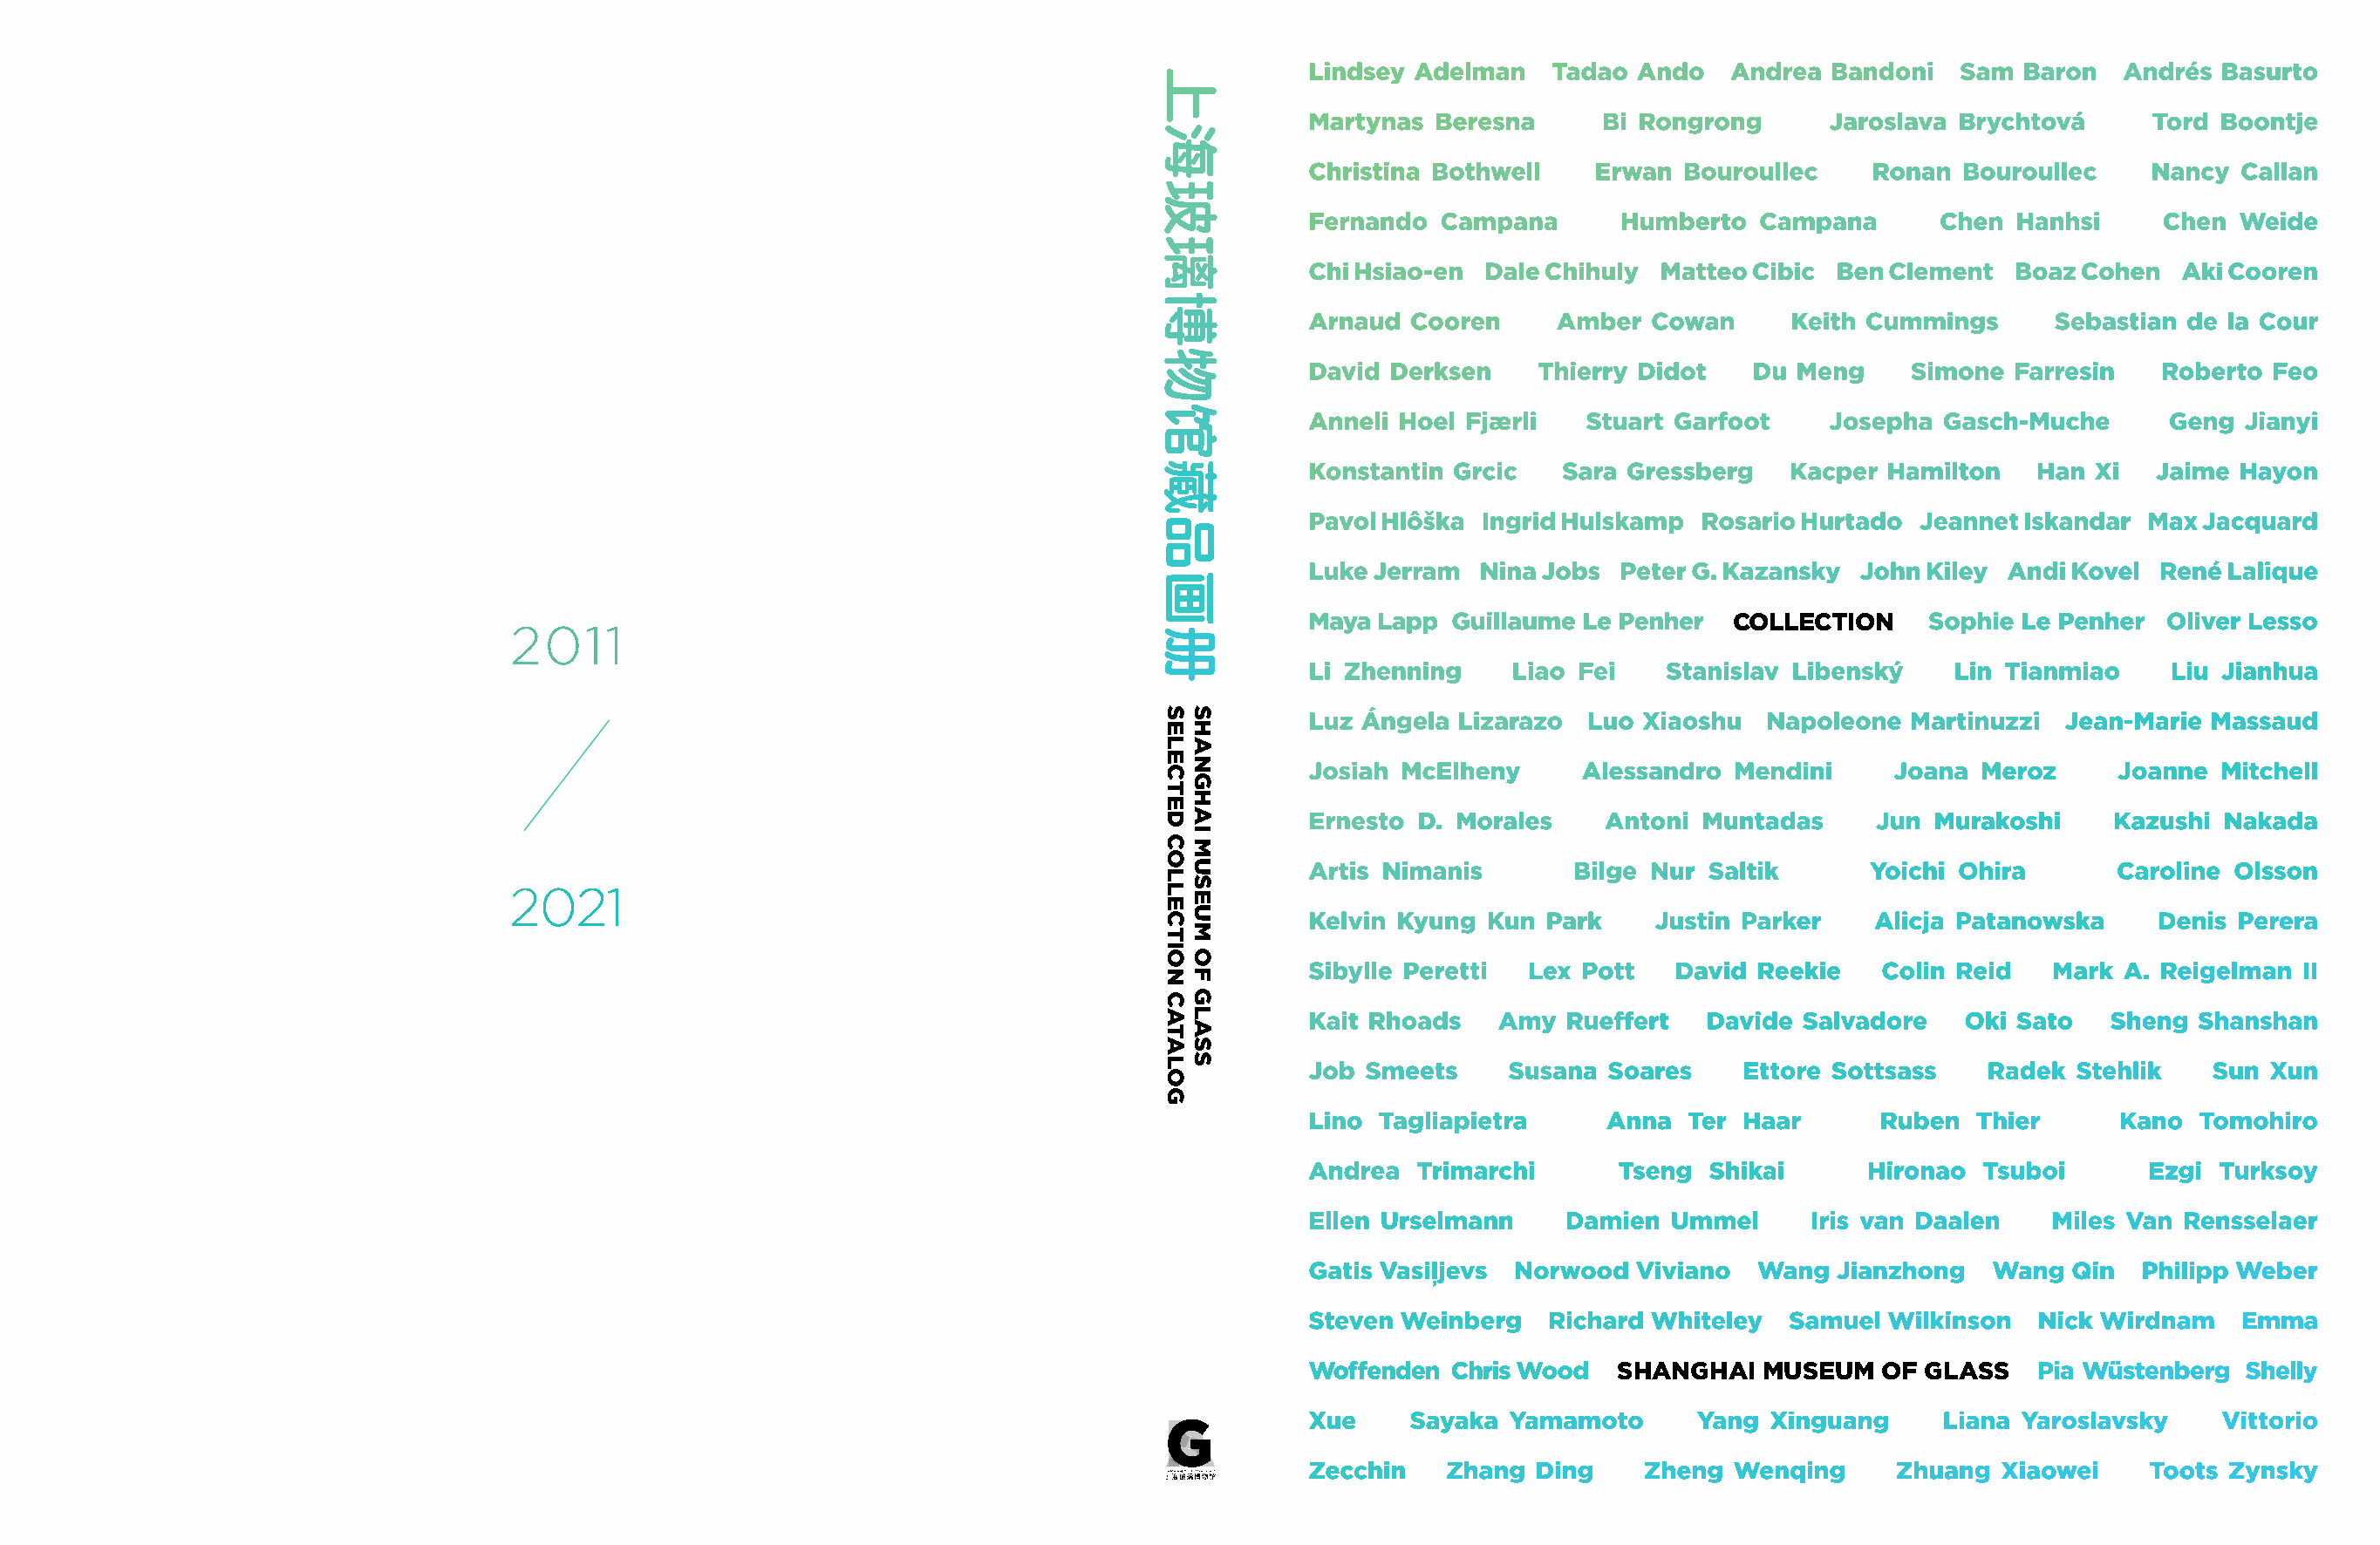
Lindsey Adelman    Tadao Ando   Andrea  Bandoni   Sam  Baron  Andrés  Basurto
 Martynas  Beresna      Bi Rongrong      Jaroslava Brychtová     Tord  Boontje
 Christina Bothwell    Erwan  Bouroullec    Ronan  Bouroullec    Nancy  Callan
 Fernando  Campana       Humberto   Campana      Chen  Hanhsi     Chen  Weide
 Chi Hsiao-en  Dale Chihuly Matteo Cibic Ben Clement   Boaz Cohen   Aki Cooren
 Arnaud  Cooren     Amber  Cowan      Keith Cummings      Sebastian de la Cour
 David Derksen     Thierry Didot   Du Meng     Simone  Farresin   Roberto Feo
 Anneli Hoel Fjærli   Stuart Garfoot     Josepha Gasch-Muche       Geng Jianyi
 Konstantin Grcic    Sara Gressberg   Kacper Hamilton    Han Xi   Jaime Hayon
 Pavol Hlôška Ingrid Hulskamp  Rosario Hurtado  Jeannet Iskandar Max Jacquard
 Luke Jerram  Nina Jobs  Peter G. Kazansky John Kiley Andi Kovel  René Lalique
 Maya  Lapp Guillaume Le Penher  C O L L E C T I O N Sophie Le Penher Oliver Lesso
 2011
 Li Zhenning     Liao Fei   Stanislav Libenský    Lin Tianmiao     Liu Jianhua
 Luz Ángela  Lizarazo Luo  Xiaoshu  Napoleone  Martinuzzi  Jean-Marie Massaud
 Josiah McElheny      Alessandro  Mendini     Joana Meroz      Joanne  Mitchell
 Ernesto  D. Morales    Antoni Muntadas     Jun  Murakoshi    Kazushi  Nakada
 Artis Nimanis       Bilge Nur  Saltik      Yoichi Ohira       Caroline Olsson
 2021
 Kelvin Kyung  Kun Park     Justin Parker   Alicja Patanowska     Denis Perera
 Sibylle Peretti  Lex Pott   David Reekie    Colin Reid   Mark A. Reigelman  II
 Kait Rhoads    Amy  Rueffert   Davide Salvadore   Oki Sato   Sheng  Shanshan
 Job  Smeets    Susana  Soares    Ettore Sottsass    Radek  Stehlik   Sun Xun
 Lino  Tagliapietra     Anna  Ter Haar       Ruben  Thier      Kano  Tomohiro
 Andrea   Trimarchi      Tseng  Shikai      Hironao Tsuboi       Ezgi Turksoy
 Ellen Urselmann     Damien  Ummel     Iris van Daalen    Miles Van Rensselaer
 Gatis Vasiļjevs Norwood  Viviano  Wang  Jianzhong   Wang  Qin   Philipp Weber
 Steven Weinberg   Richard Whiteley   Samuel Wilkinson   Nick Wirdnam   Emma
 Woffenden  Chris Wood   S H A N G H A I M U S E U M O F G L A S S Pia Wüstenberg Shelly
 Xue     Sayaka  Yamamoto      Yang Xinguang     Liana Yaroslavsky     Vittorio
 Zecchin    Zhang  Ding    Zheng  Wenqing     Zhuang  Xiaowei    Toots Zynsky
 上海玻璃博物馆藏品画册
 SELECTED
 COLLECTION
 CATALOG
 SHANGHAI
 MUSEUM
 OF
 GLASS